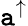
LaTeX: \mathtt{a}^{\uparrow}